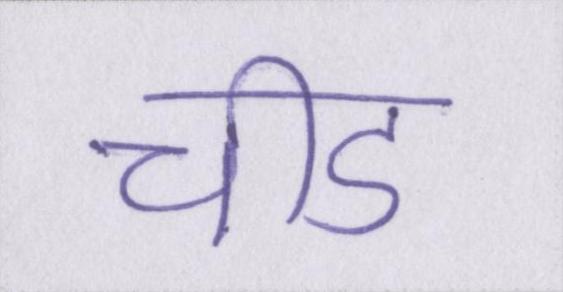
चीड